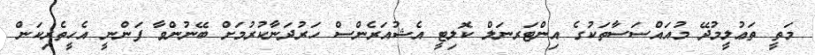
މަތީ ތަޢުލީމުދޭ މުއައްސަސާތަކުގެ އިންޓަރނަލް ކޮލިޓީ އެޝުއަރެންސް ހަރުދަނާކުރުމަށް ބޭނުންވާ ފަންނީ އެހީތެރިކަން